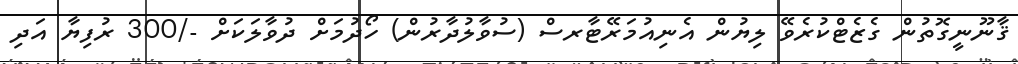
ޤާނޫނީގޮތުން ގެޒެޓްކުރެވޭ ލިޔުން އެނިއުމަރޭޓާރސް (ސުވާލުދާރުން) ހޯދުމަށް ދުވާލަކަށް -/300 ރުފިޔާ އަދި